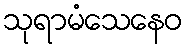
သုရာမံသေနေဝ